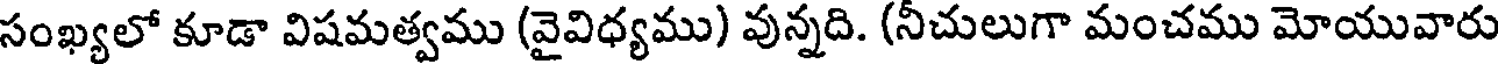
సంఖ్యలో కూడా విషమత్వము (వైవిధ్యము) వున్నది. (నీచులుగా మంచము మోయువారు